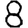
Digit: 8